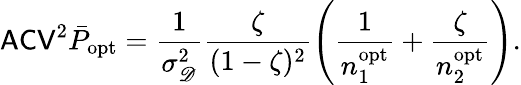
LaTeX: \mathsf{ACV}^{2}\bar{P}_{\mathrm{opt}}=\frac{1}{\sigma_{\mathscr D}^{2}}\frac{\zeta}{(1-\zeta)^{2}}\left(\frac{1}{n_{1}^{\mathrm{opt}}}+\frac{\zeta}{n_{2}^{\mathrm{opt}}}\right).